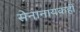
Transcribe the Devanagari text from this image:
सेनानायकही